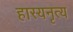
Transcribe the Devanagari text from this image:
हास्यनृत्य